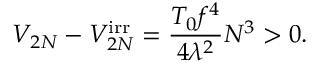
V _ { 2 N } - V _ { 2 N } ^ { \mathrm { i r r } } = \frac { T _ { 0 } f ^ { 4 } } { 4 \lambda ^ { 2 } } N ^ { 3 } > 0 .